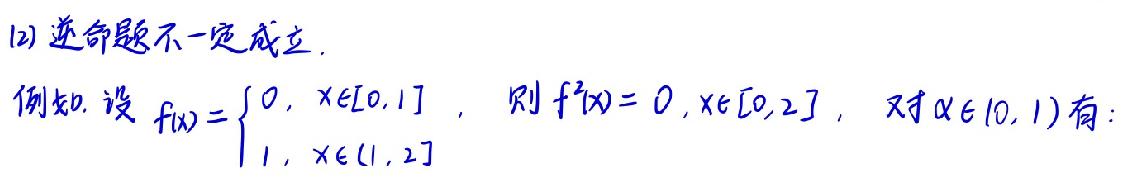
(2) 逆命题不一定成立.
例如. 设 \(f(x)=\begin{cases}0, & x\in[0,1] \\ 1, & x\in(1,2]\end{cases}\)，则 \(f^{2}(x)=0,x\in[0,2]\)，对 \(\alpha\in(0,1)\) 有：